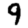
Digit: 9